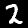
Label: 2